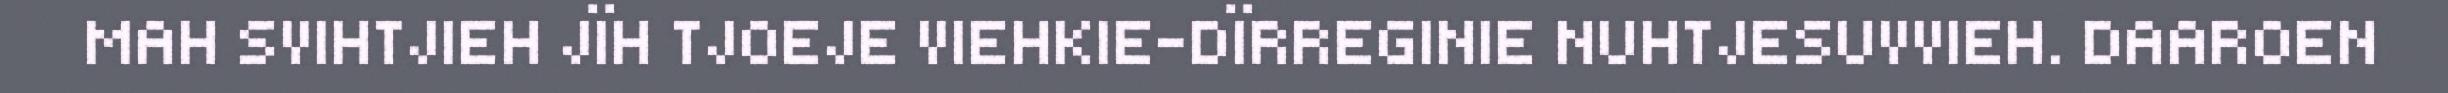
MAH SVIHTJIEH JÏH TJOEJE VIEHKIE-DÏRREGINIE NUHTJESUVVIEH. DAAROEN